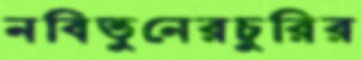
নবিতুনেরচুরির